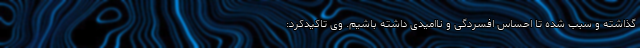
گذاشته و سبب شده تا احساس افسردگی و ناامیدی داشته باشیم. وی تاکیدکرد: